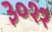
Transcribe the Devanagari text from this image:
३०११